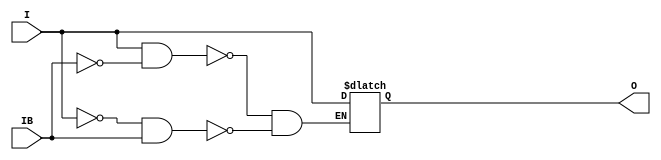
//    Xilinx Proprietary Primitive Cell X_IBUFDS for Verilog
//
// $Header: /devl/xcs/repo/env/Databases/CAEInterfaces/verplex_libs/data/simprims/X_IBUFDS.v,v 1.4.198.3 2004/09/28 20:47:45 wloo Exp $
//

`celldefine
`timescale 1 ps/1 ps


module X_IBUFDS (O, I, IB);

    output O;

    input  I, IB;

    reg o_out;

    buf b_O (O, o_out);

    always @(I or IB) begin
	if (I == 1'b1 && IB == 1'b0)
	    o_out <= I;
	else if (I == 1'b0 && IB == 1'b1)
	    o_out <= I;
    end

endmodule